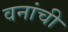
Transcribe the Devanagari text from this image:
वनांची